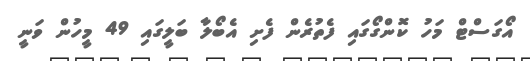
އޯގަސްޓް މަހު ކޮންގޯގައި ފެތުރެން ފެށި އެބޯލާ ބަލީގައި 49 މީހުން ވަނީ